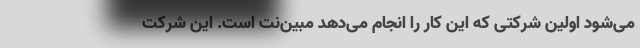
می‌شود اولین شرکتی که این کار را انجام می‌دهد مبین‌نت است. این شرکت